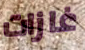
غازات